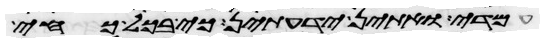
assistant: עמדי ואתין ידעתן כי בכל כחי